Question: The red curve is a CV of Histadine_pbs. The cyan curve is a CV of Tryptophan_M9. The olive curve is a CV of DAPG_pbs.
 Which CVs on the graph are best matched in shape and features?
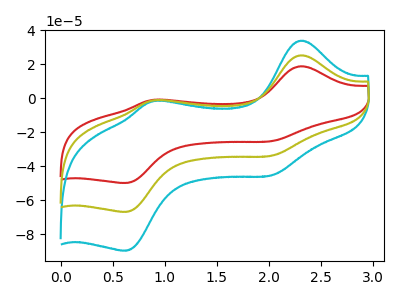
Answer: <think>The red curve "Histadine_pbs" has anodic peaks at (2.30V, 18.85uA) (0.90V, -0.95uA) and cathodic peaks at (2.00V, -25.30uA) (0.60V, -49.90uA). The cyan curve "Tryptophan_M9" has anodic peaks at (2.30V, 50.65uA) (0.90V, -2.55uA) and cathodic peaks at (2.00V, -67.85uA) (0.60V, -133.80uA). The olive curve "DAPG_pbs" has anodic peaks at (2.30V, 25.30uA) (0.90V, -1.30uA) and cathodic peaks at (2.00V, -33.90uA) (0.60V, -66.90uA).
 All the peaks in "Histadine_pbs" have a peak in "Tryptophan_M9" at the same potential. All the peaks in "Histadine_pbs" have a peak in "DAPG_pbs" at the same potential. All the peaks in "Tryptophan_M9" have a peak in "DAPG_pbs" at the same potential.</think>
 <answer>"Histadine_pbs", "Tryptophan_M9" and "DAPG_pbs" have the same shape and are likely CV's of the same chemical.</answer>
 <eval>"Histadine_pbs" "Tryptophan_M9" "DAPG_pbs"</eval>